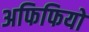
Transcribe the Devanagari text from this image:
अफिफियो